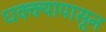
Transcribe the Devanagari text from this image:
धक्क्यापासून